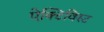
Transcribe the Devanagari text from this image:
ऐक्टिविस्ट